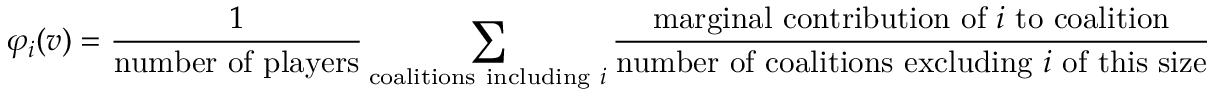
\varphi _ { i } ( v ) = { \frac { 1 } { \mathrm { n u m b e r ~ o f ~ p l a y e r s } } } \sum _ { { \mathrm { c o a l i t i o n s ~ i n c l u d i n g ~ } } i } { \frac { { \mathrm { m a r g i n a l ~ c o n t r i b u t i o n ~ o f ~ } } i { \mathrm { ~ t o ~ c o a l i t i o n } } } { { \mathrm { n u m b e r ~ o f ~ c o a l i t i o n s ~ e x c l u d i n g ~ } } i { \mathrm { ~ o f ~ t h i s ~ s i z e } } } }